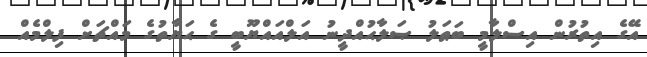
އޭގެ އިތުރުން އިސްލާމީ ބަޠަލު ޞަލާޙުއްދީނު އަލްއައްޔޫބީ ގެ ޙަޔާތުގެ މައްޗަށް ފިލްމެއް